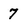
Character: 7